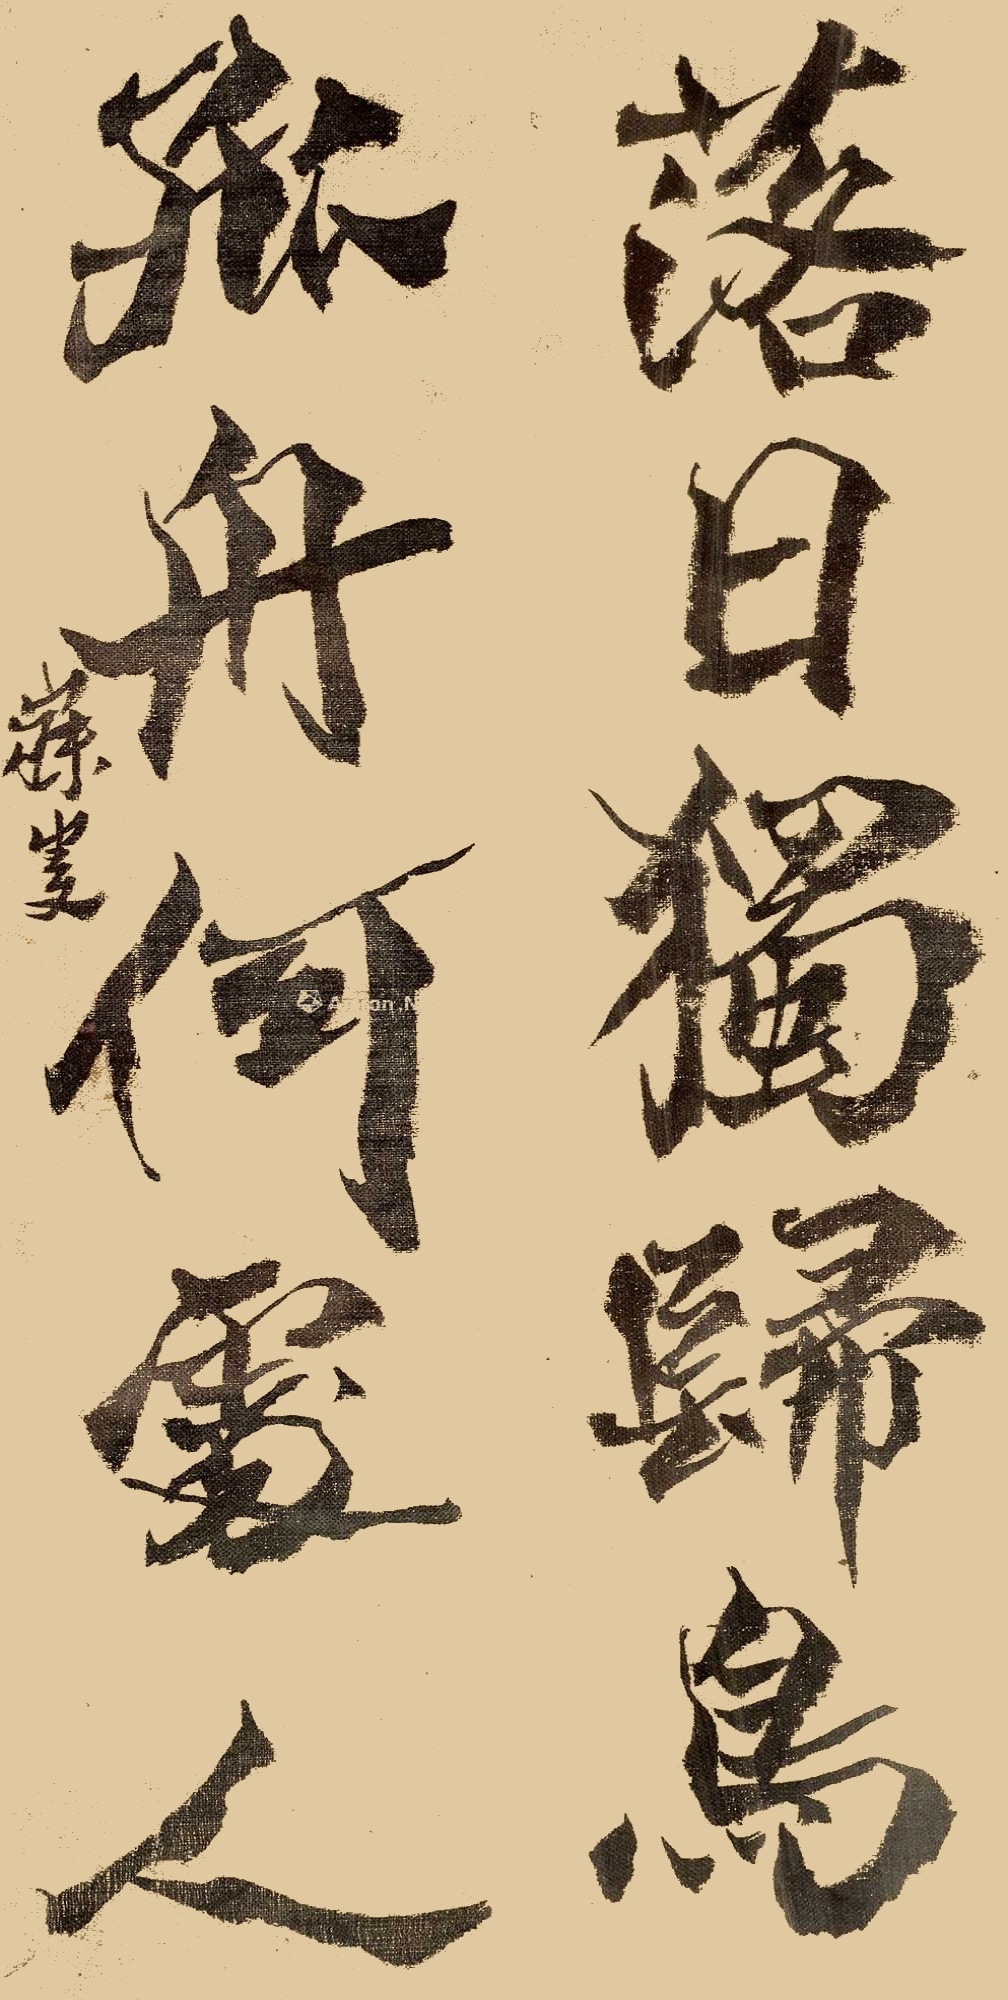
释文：落日独归鸟，孤舟何处人。